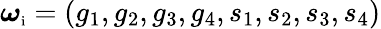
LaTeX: \boldsymbol{\omega}_{\textnormal{\scriptsize i}}=(g_{1},g_{2},g_{3},g_{4},s_{1},s_{2},s_{3},s_{4})